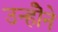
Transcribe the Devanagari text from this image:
उन्होॆने